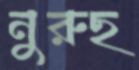
নুরুছ